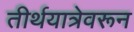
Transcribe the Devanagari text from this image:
तीर्थयात्रेवरून